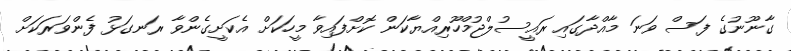
ގާނޫނުގެ ފަސް ވަނަ މާއްދާގައި ރައީސުލްޖުމްހޫރިއްޔާކަން ކޮށްފައިވާ މީހަކަށް އެކަށީގެންވާ ރަނގަޅު ފެންވަރަކަަށް